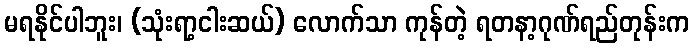
မရနိုင်ပါဘူး၊ (သုံးရာ့ငါးဆယ်) လောက်သာ ကုန်တဲ့ ရတနာ့ဂုဏ်ရည်တုန်းက